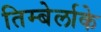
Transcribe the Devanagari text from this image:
तिम्बेर्लाके